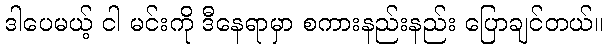
ဒါပေမယ့် ငါ မင်းကို ဒီနေရာမှာ စကားနည်းနည်း ပြောချင်တယ်။